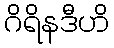
ဂိရိနဒီဟိ